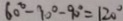
6 0 ^ { \circ } - 1 0 ^ { \circ } - 9 0 ^ { \circ } = 1 2 0 ^ { \circ }